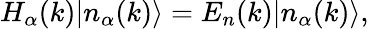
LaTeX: H_{\alpha}(k)|n_{\alpha}(k)\rangle=E_{n}(k)|n_{\alpha}(k)\rangle,